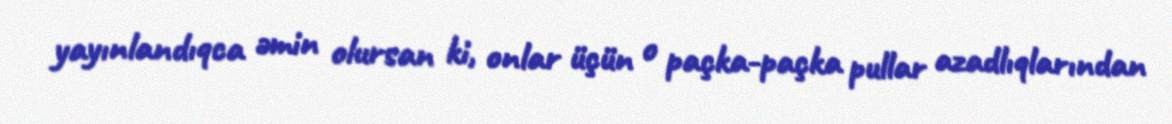
yayınlandıqca əmin olursan ki, onlar üçün o paçka-paçka pullar azadlıqlarından